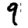
Digit: 9